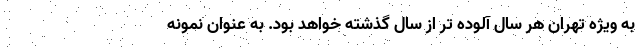
به ویژه تهران هر سال آلوده تر از سال گذشته خواهد بود. به عنوان نمونه